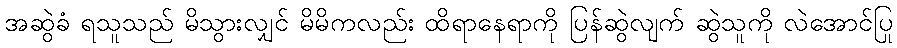
အဆွဲခံ ရသူသည် မိသွားလျှင် မိမိကလည်း ထိရာနေရာကို ပြန်ဆွဲလျက် ဆွဲသူကို လဲအောင်ပြု